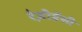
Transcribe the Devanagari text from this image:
रेज़ीडेंसी